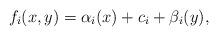
LaTeX: \begin{align*}f_i(x,y)=\alpha_i(x)+c_i+\beta_i(y),\end{align*}